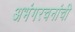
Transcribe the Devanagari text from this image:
अभंगरचनांची